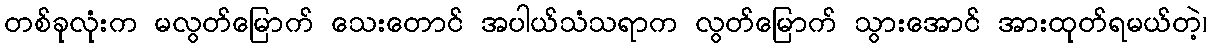
တစ်ခုလုံးက မလွတ်မြောက် သေးတောင် အပါယ်သံသရာက လွတ်မြောက် သွားအောင် အားထုတ်ရမယ်တဲ့၊